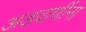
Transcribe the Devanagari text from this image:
अडवाणींना